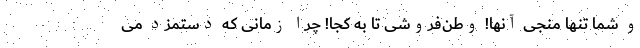
و شما تنها منجی آنها! وطن‌فروشی تا به کجا! چرا زمانی که دستمزد می